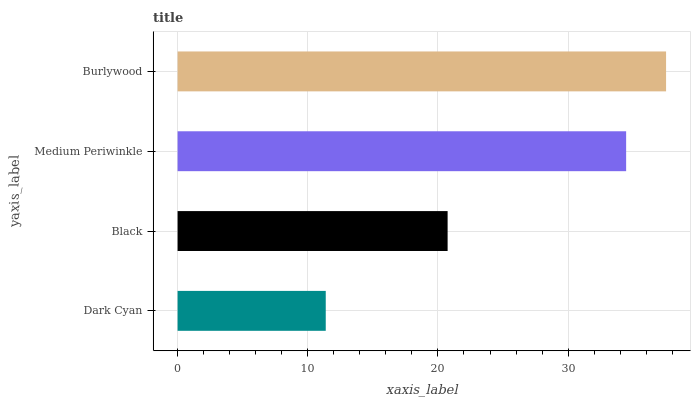
| yaxis_label | bars |
 | --- | --- |
 | Dark Cyan | 11.4 |
 | Black | 20.7 |
 | Medium Periwinkle | 34.5 |
 | Burlywood | 37.5 |